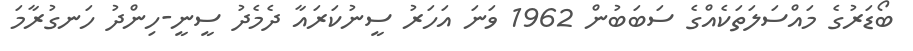
ބޯޑަރުގެ މައްސަލަތަކެއްގެ ސަބަބުން 1962 ވަނަ އަހަރު ސީނުކަރައާ ދެމެދު ސީނީ-ހިންދު ހަނގުރާމަ